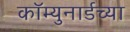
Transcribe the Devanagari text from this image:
कॉम्युनार्डच्या